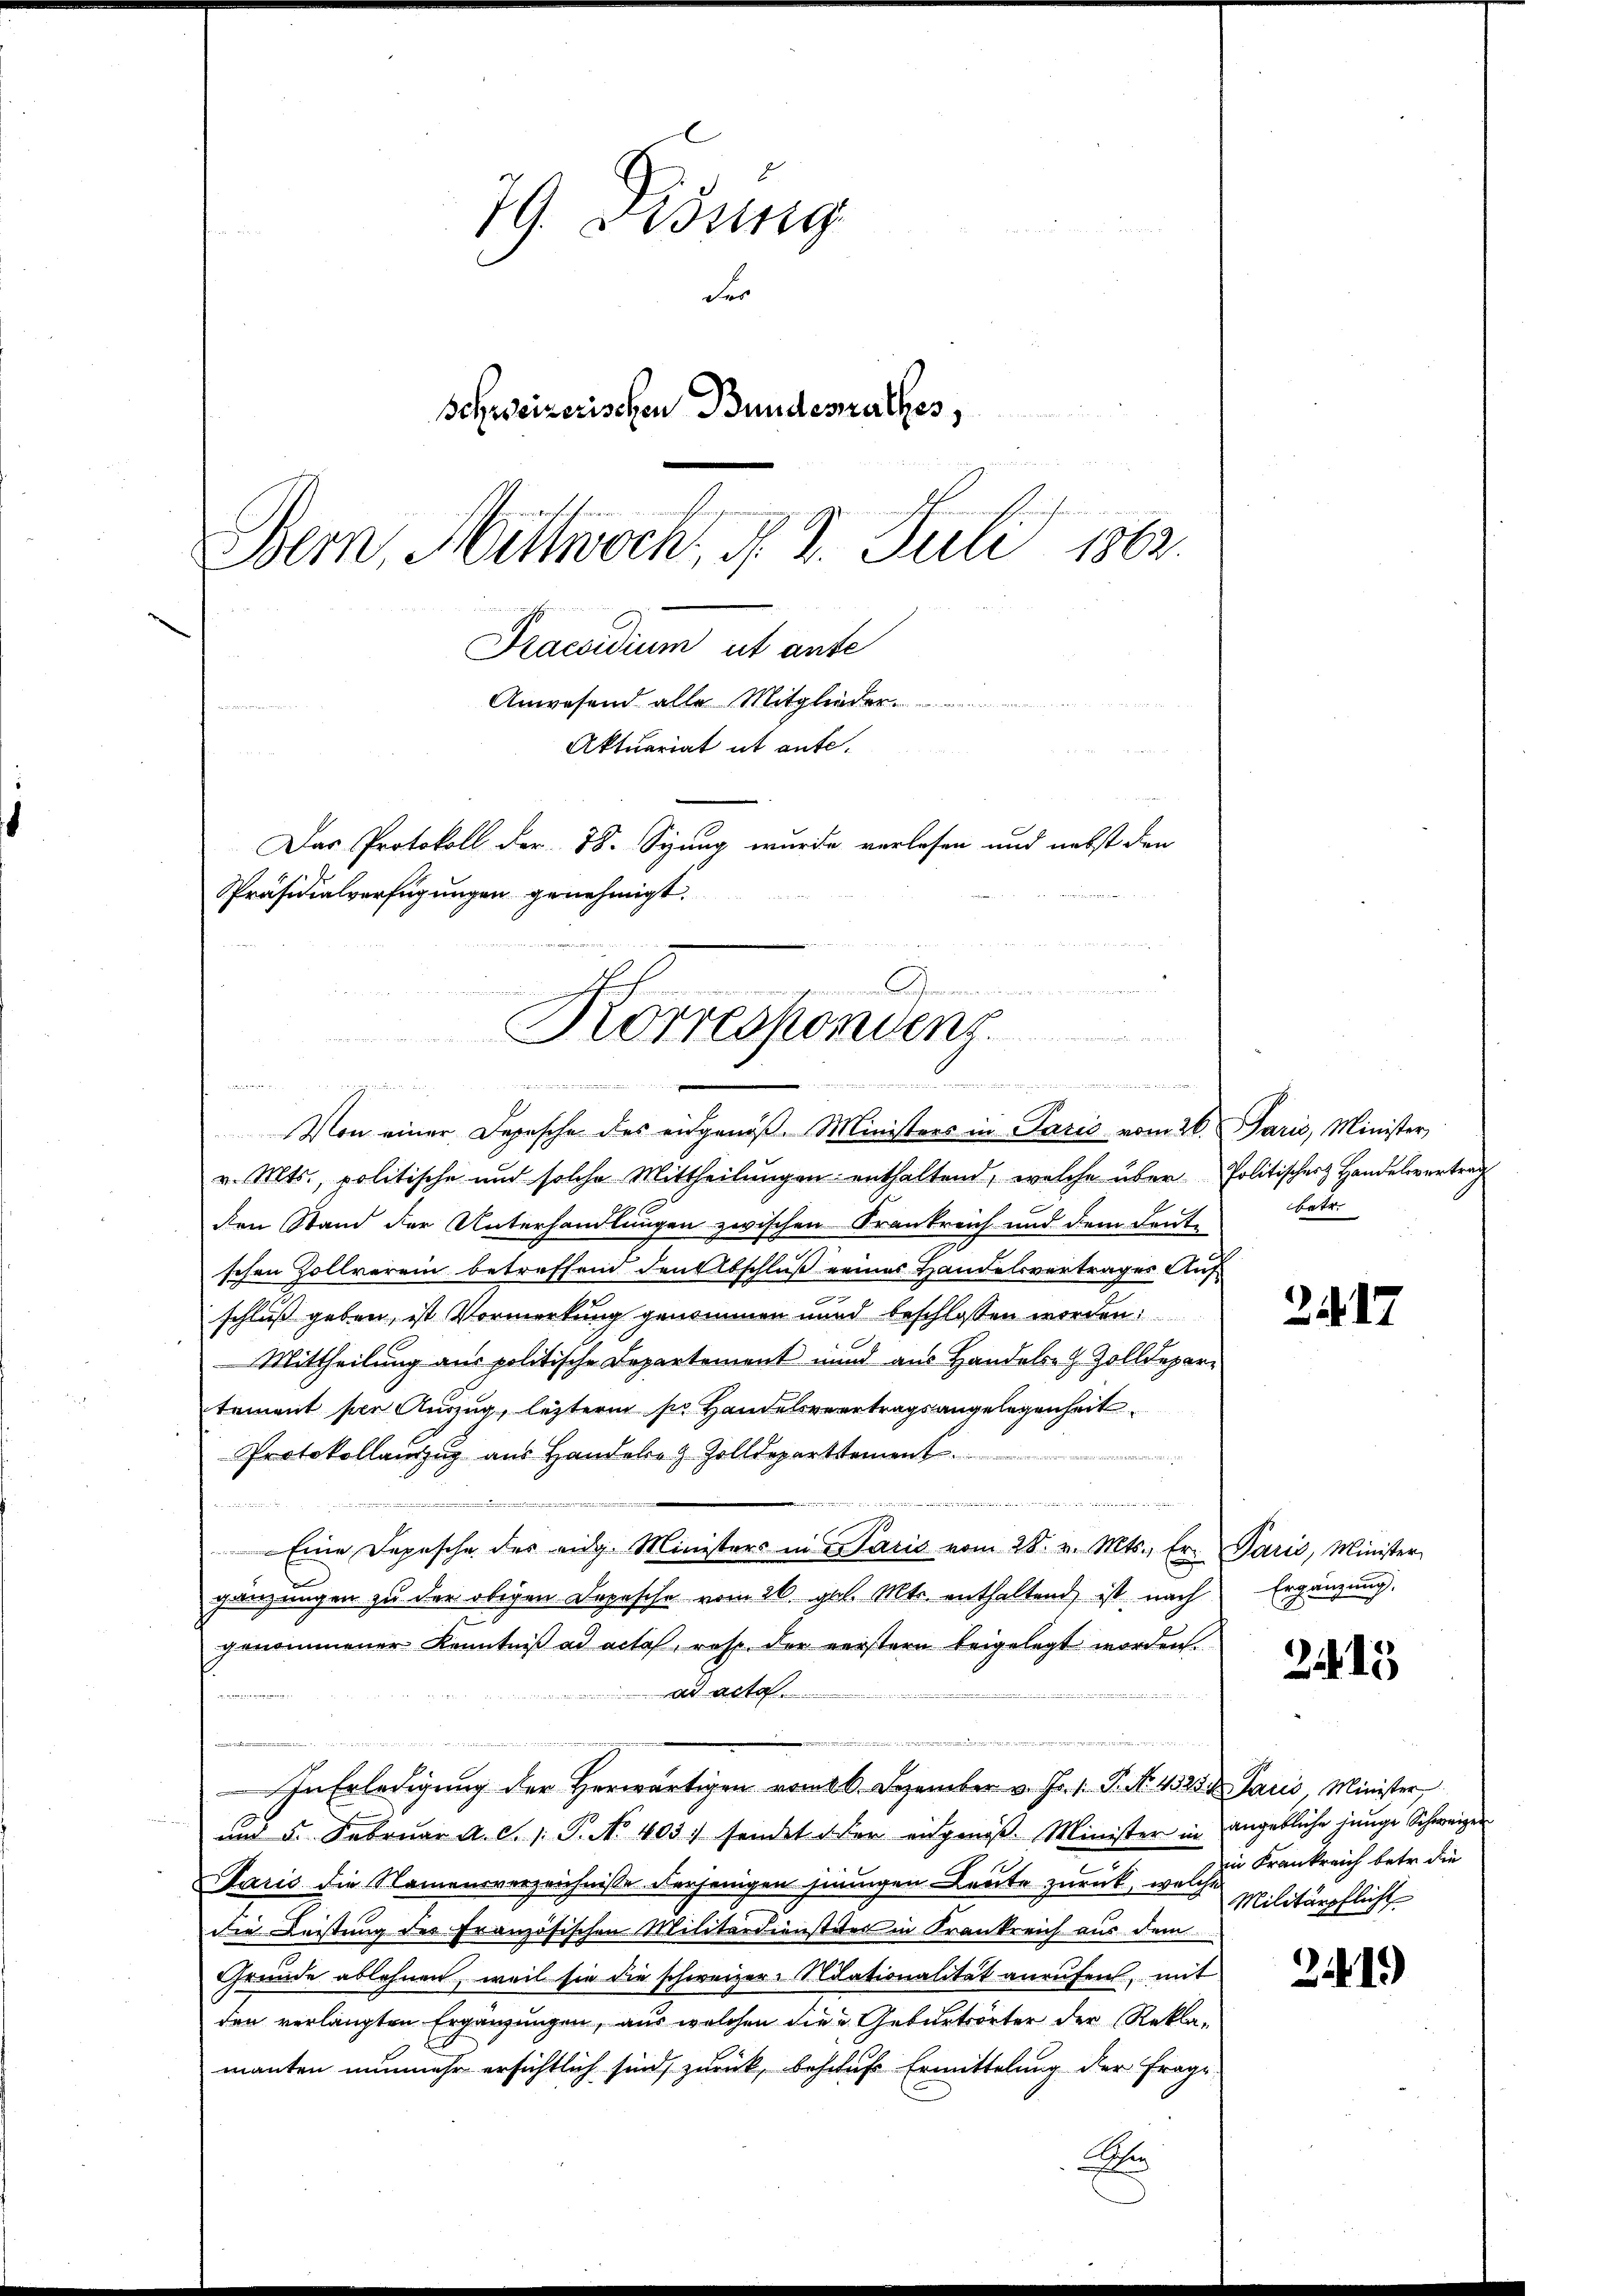
79. Bring
der
Schweizerischen Bundesrathes,
veillen
Bern, Mittwoch, d. 8. Juli 1862.
e
Praesidium ut ande

Anwesend alle Mitglieder
Präsidialverfügungen genehmigt.
Korrespondenz.
mund eingenommen

Aktuariat ut ante.
Das Protokoll der 38. Syung wurde verlesen und nebst den

Von einer Depesche des eidgenöß. Ministers in Paris vom 26. Paris, Minister
v. Mts., politische und solche Mittheilungen enthaltend, welche über Politischer Handelsvertrag
den Stand der Unterhandlungen zwischen Krankreich und dem Leute
schen Zollverein betreffend den Abschluß eines Handelsvertrages Auf
schluß geben, ist Vormerkung genommen und beschlossen worden:
 Mittheilung aus politische Departement unnd aus Handels- & Zolldepar
tement per Auszug, leztern sr Handelsvertragsangelegenheit.
Protokollauszug aus Handele Zolldeparttement.

tie der bei der bei der |
Eine Depesche des eidg. Ministers in Darić vom 28. v. Mts., Er. Parić, Minister
gänzungen zu der obigen Depesche vom 26. gl. Mts. enthaltend ist nach
genommener Kenntniß ad acta, resp. der verstern beigelegt worden.
ad acta.

In Erledigung der Herwärtigen vom 6. Dezember v. Fr. 1. P. No. 4523 Paris Minister,
und 5. Februar A. S. 1. P. No 403. sendet oder eingenos. Minister in angebliche junge Schweizer
Saris die Namensverzeichnisse derjenigen jenningen Leute zurück, welche
die Leistung des Französischen Militärdienstiter in Krankreich aus dem
Gründe ablehnen, weil sie die schweizer-Stationalität anrufen, mit
den verlangten Ergänzungen, aus welchen die u Geburtsorter der Rekla-
manten nunmehr ersichtlich sind, zurück, beschufe Ermittelung der Frage
A

betr.

2417

Ergänzung.

21

in Frankreich betr. die
Militärpflicht

21419)